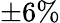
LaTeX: \pm 6\%